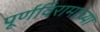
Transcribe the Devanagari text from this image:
पूर्णविरामाच्या